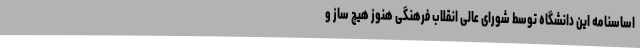
اساسنامه این دانشگاه توسط شورای عالی انقلاب فرهنگی هنوز هیچ ساز و